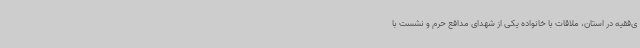
ی‌فقیه در استان، ملاقات با خانواده یکی از شهدای مدافع حرم و نشست با